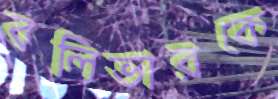
বলিভারকে